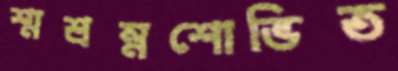
শ্মশ্রম্নশোভিত